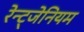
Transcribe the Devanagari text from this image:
रेन्ट्जेनियम